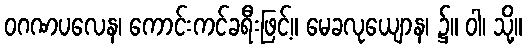
ဝဂဏပလေန၊ ကောင်းကင်ခရီးဖြင့်။ မေခလုယျောန၊ ၌။ ဝါ၊ သို့။